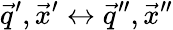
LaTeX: \vec{q}^{\prime},\vec{x}^{\prime}\leftrightarrow\vec{q}^{\prime\prime},\vec{x}^{\prime\prime}